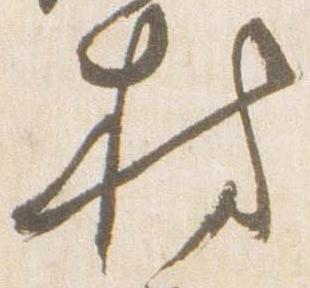
持